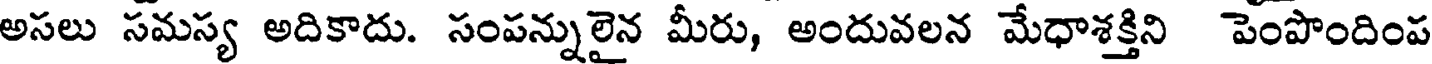
అసలు సమస్య అదికాదు. సంపన్నులైన మీరు, అందువలన మేధాశక్తిని పెంపొందింప